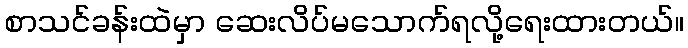
စာသင်ခန်းထဲမှာ ဆေးလိပ်မသောက်ရလို့ရေးထားတယ်။